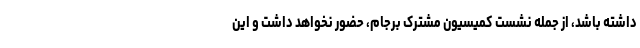
داشته باشد، از جمله نشست کمیسیون مشترک برجام، حضور نخواهد داشت و این